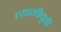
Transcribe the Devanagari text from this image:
त्यागीवृत्ती